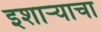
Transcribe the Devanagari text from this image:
इशाऱ्याचा